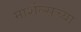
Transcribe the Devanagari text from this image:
मार्शल्सच्या